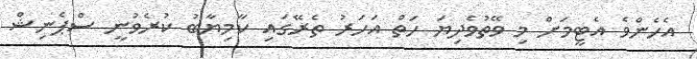
އެހެންވެ އެޓީމަށް މި ވޭތުވެދިޔަ ހަތް އަހަރު ތެރޭގައި ކާމިޔާބު ކުރެވުނީ ސްޕެނިޝް